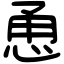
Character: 恿